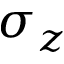
\sigma _ { z }